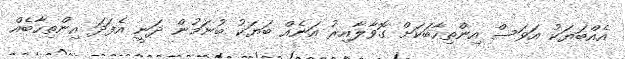
އެއްބަޔަކު އަވަސް އިންތިހާބަކަށް ގޮވާލާއިރު އަނެއް ބަޔަކު ބުނަމުން ދަނީ އެފަދަ އިންތިހާބެއް